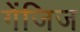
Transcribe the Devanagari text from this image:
गेंजिज